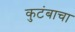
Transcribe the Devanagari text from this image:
कुटंबाचा